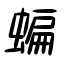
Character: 蝙